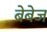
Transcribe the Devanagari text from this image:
बेबेज